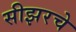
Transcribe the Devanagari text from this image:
सीझरचे